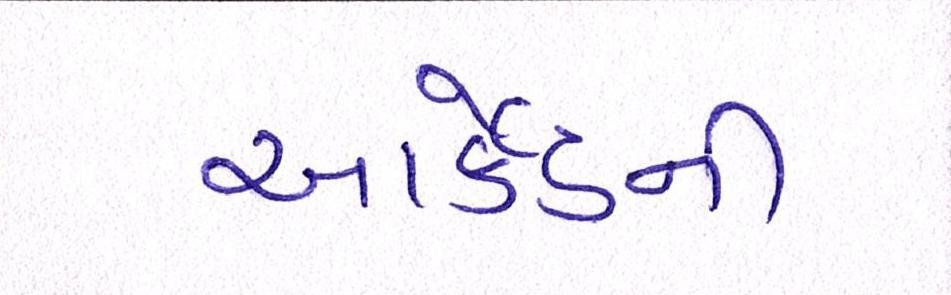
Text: આર્કેડની